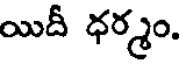
యిదీ ధర్మం.